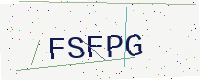
Text: FSFPG